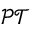
{ \mathcal { P T } }